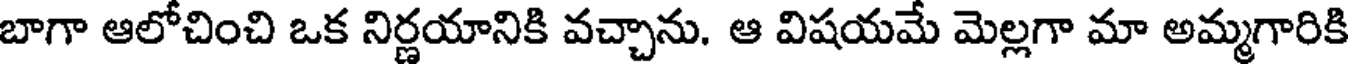
బాగా ఆలోచించి ఒక నిర్ణయానికి వచ్చాను. ఆ విషయమే మెల్లగా మా అమ్మగారికి